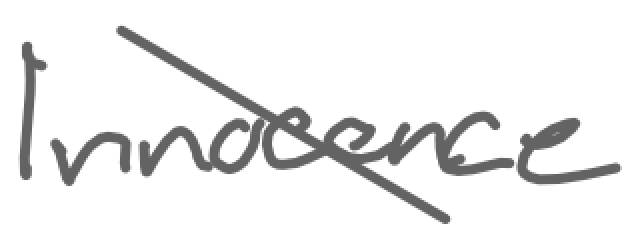
Text: Innocence
Cross-out: diagonal
Writing tool: digital_gray